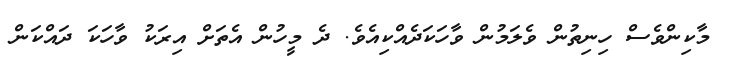
މާކިންވެސް ހިނިތުން ވެލަމުން ވާހަކަދެއްކިއެވެ. ދެ މީހުން އެތަށް އިރަކު ވާހަކަ ދައްކަން